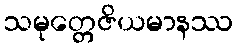
သမုတ္တေဇိယမာနဿ